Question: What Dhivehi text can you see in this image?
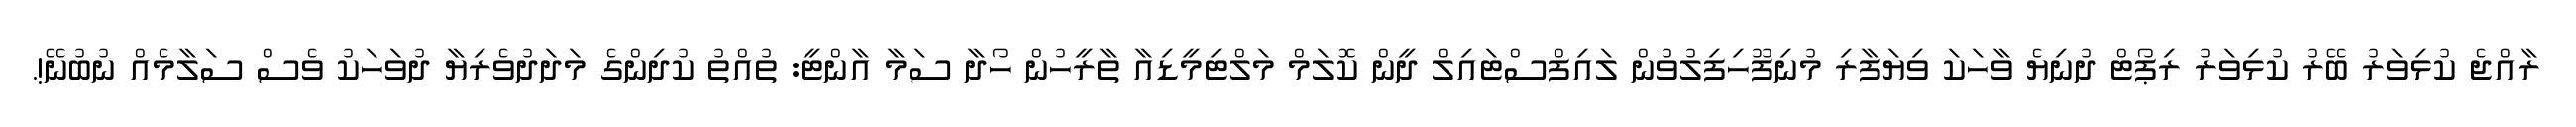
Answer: ރާއްޖެ ކުޅިވަރު ބޭރު ކުޅިވަރު ރިޕޯޓް ދުނިޔެ ވާހަކަ ވިޔަފާރި މުނިފޫހިފިލުވުން ލައިފްސްޓައިލް ދީން ކޮލަމް މަލްޓިމީޑިއާ ތާރީހުން ހޯދާ ސަމާ އާންޓީ: ތުއްތު ކުދިންގެ މަދަދުވެރިޔާ ދުވަހަކު ވެސް ސަލާމެއް ނުބުނޭ!.